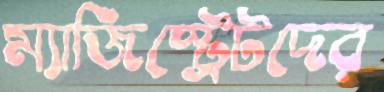
ম্যাজিস্ট্রেটদের